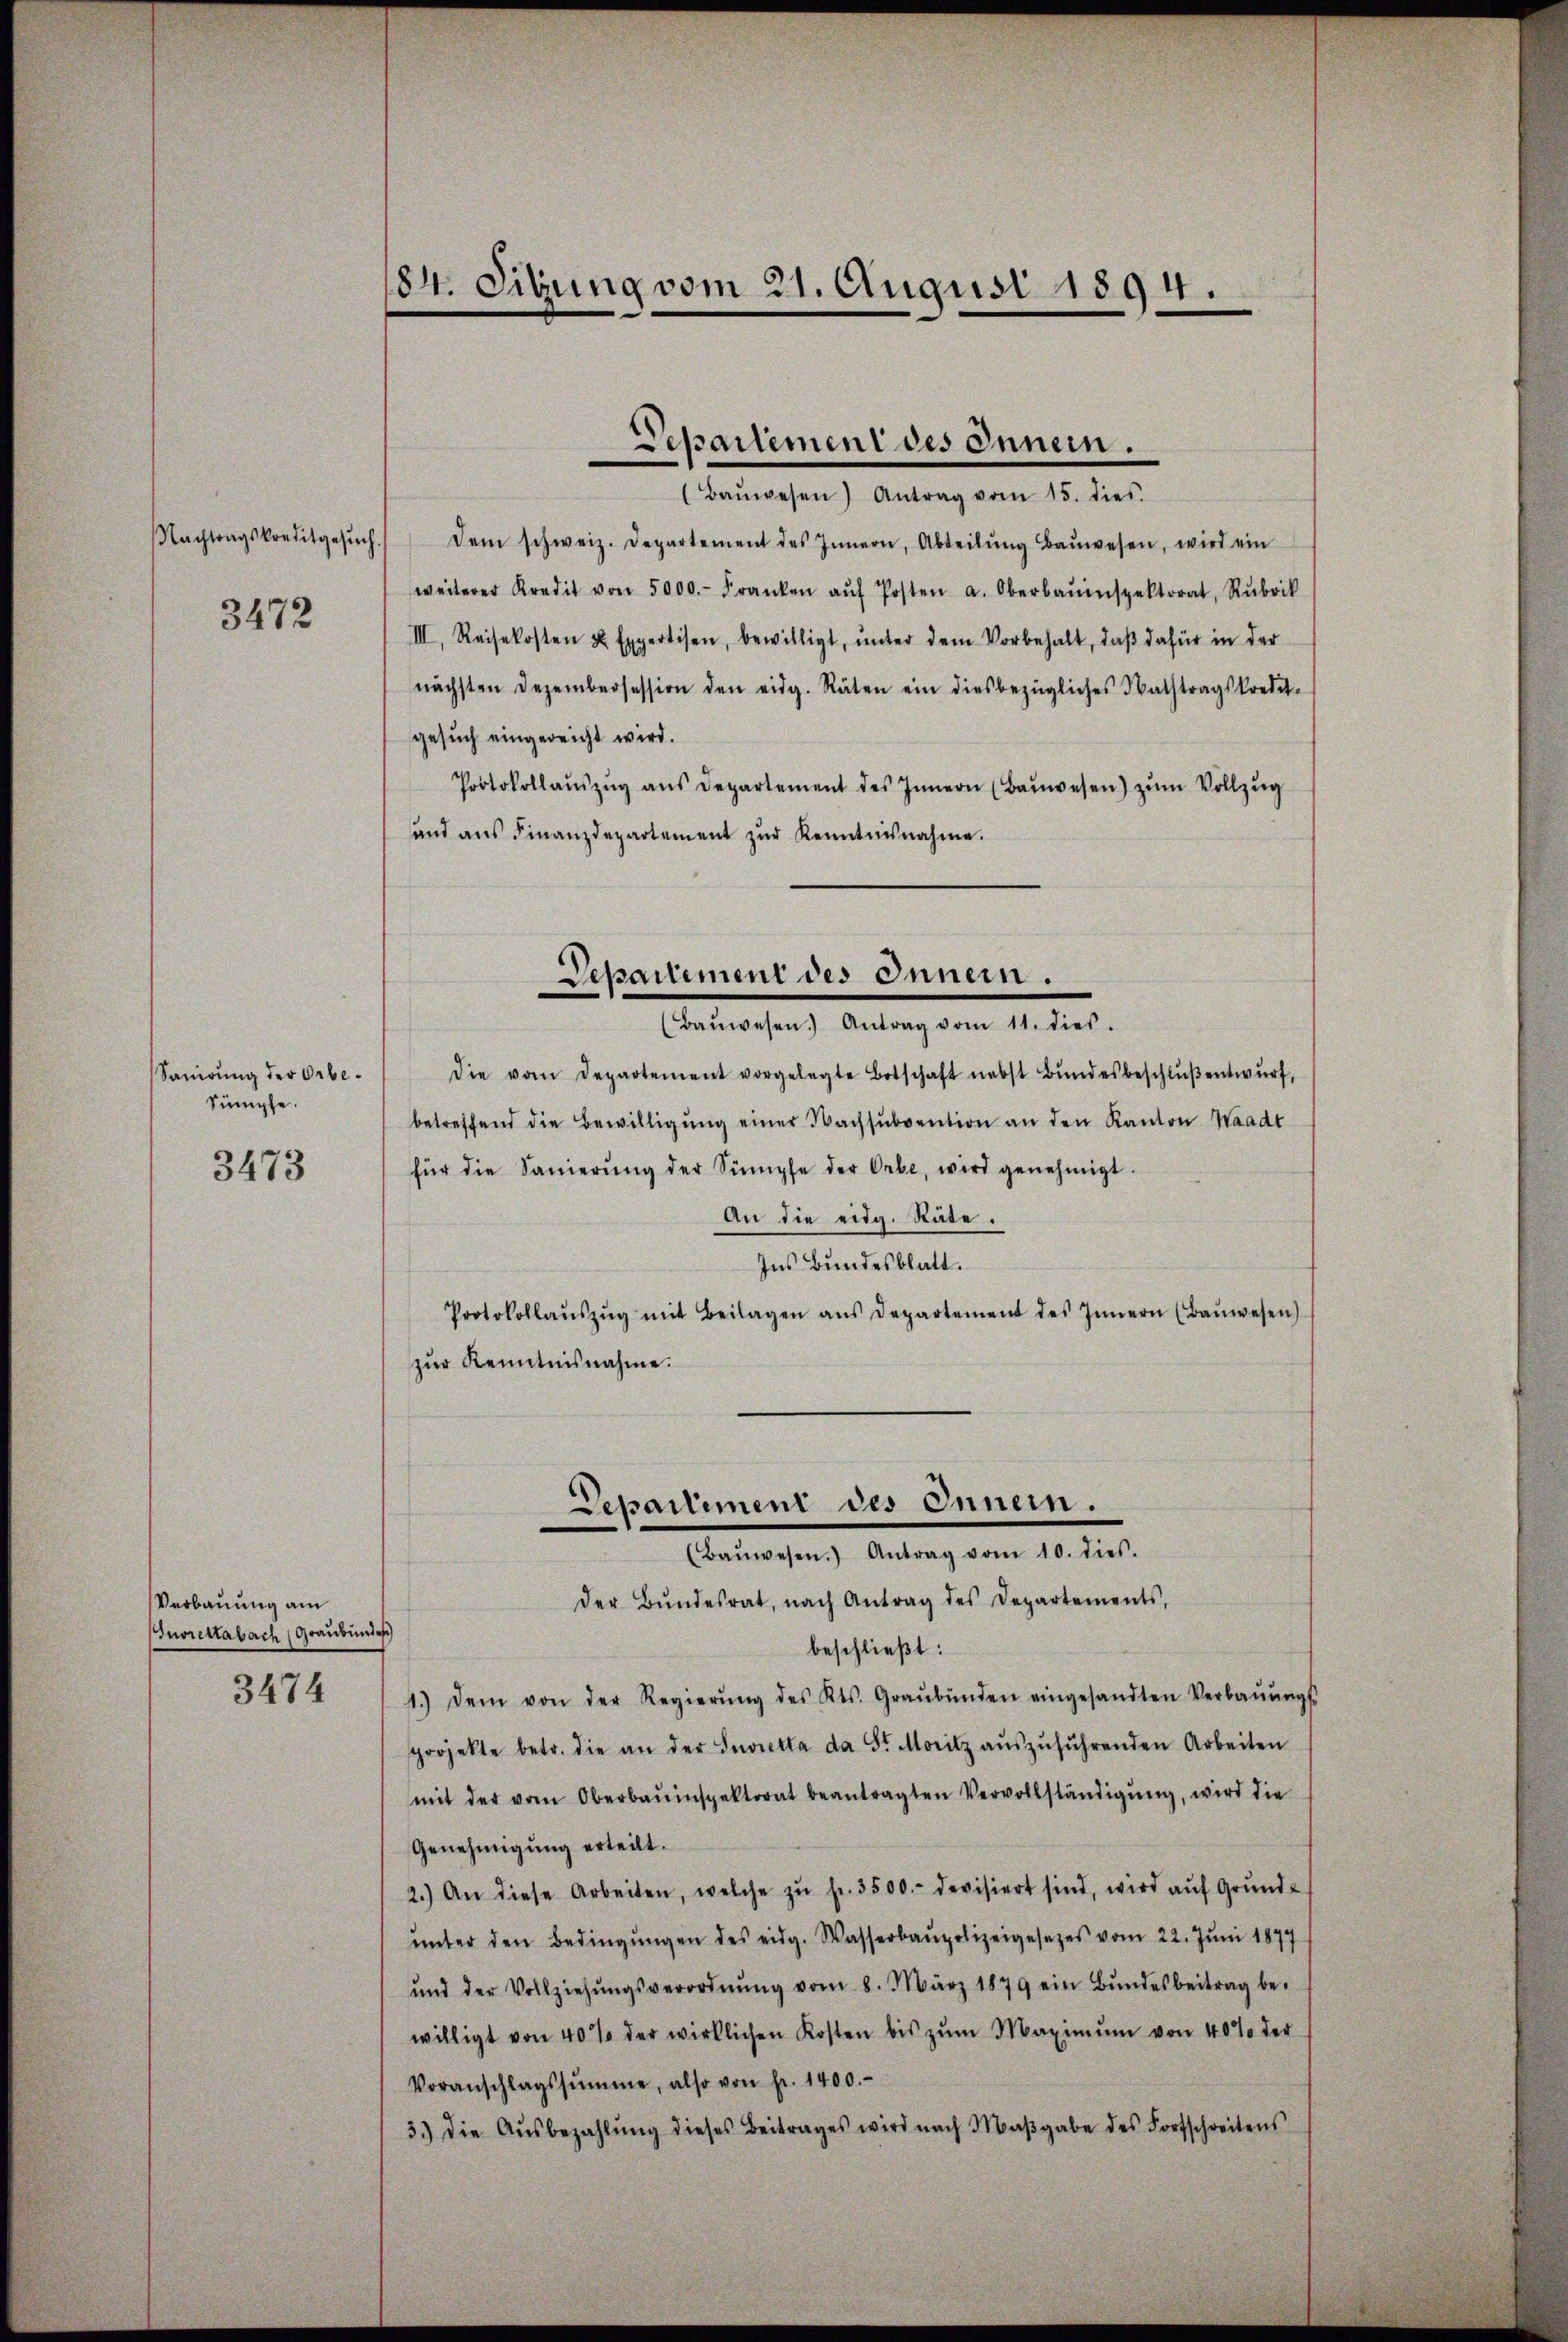
3472

Sanirung der Orbe¬
Sumpfe.
3473

Verbauung am
uorettabach Graubündes
3474

184. Sitzung vom 21. August 1894.

Nachtragskreditgesŭch dem schweiz. Departement des Innern, Abteilŭng Baŭwesen, wird ein
weiterer Kredit von 5000.- Franken aŭf Posten a. Oberbauinspektorat, Rubrik
III. Reisekosten u. Expertisen, bewilligt, ŭnter dem Vorbehalt, daβ dafür in der
nächsten Dezembersession den eidg. Räten ein diesbezügliches Nachtragskredit-
gesuch eingereicht wird.
Protokollaŭszŭg ans Departement des Innern (Baŭwesen) zŭm Vollzŭg
und ans Finanzdepartement zŭr Kenntnisnahme.
die vom Departement vorgelegte Botschaft nebst Bundesbeschluß entwurf,
betreffend die Bewilligŭng einer Nachsŭbvention an den Kanton Waadt
für die Sanierŭng der Sumpfe der Orbe, wird genehmigt.
An die eidg. Stäte.
Ins Bundesblatt.
Protokollaŭszŭg mit Beilagen ans Departement des Innern (Baŭwesen)
zŭr Kenntnisnahme.
Departiment des Innern.
(Baŭwesen. Antrag vom 10. dies.
der Bŭndesrat, nach Antrag des Departements,
beschließt:
1.) Dem von der Regierŭng des Kts. Graubünden eingesandten Verbaŭŭngs-
projekte betr. die an der Invietta da Sr. Moritz aŭszŭführenden Arbeiten
mit der vom Oberbauinspektorat beantragten Vervollständigŭng, wird die
Genehmigŭng erteilt.
2.) An diese Arbeiten, welche zŭ fr. 3500.- devisiert sind, wird aŭf Grŭnd-
ŭnter den Bedingŭngen des eidg. Wasserbaupolizeigesetzes vom 22. Juni 1877
und der Vollziehŭngsverordnŭng vom 8. März 1879 ein Bŭndesbeitrag be-
willigt von 40% der wirklichen Kosten bis zŭm Maximŭm von 40% der
Voranschlagssumme, also von fr. 1400.
3.) Die Aŭsbezahlŭng dieses Beitrages wird nach Maβgabe des Fortschreitens

Departement des Innern.
(Baŭwesen) Antrag vom 15. dies

Departiment des Innern.
(Baŭwesen. Antrag vom 11. dies.